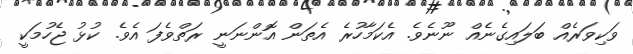
ވަކިވަރެއް ބަލައިގެނެއް ނޫނެވެ. އެކަމާހުރެ އެތަން އޮންނަނީ ރަތްވެފަ އެވެ. ކުޅު ޖެހުމަކީ